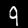
Label: 9